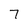
Character: 7